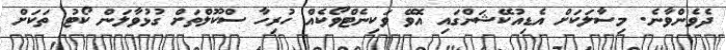
ދެވެންވާނެ. މިސާލަކަށް އެޑިއުކޭޝަންގައި އޮވޭ ވަކިނެޓްވޯކެއް ހުރިހާ ސްކޫލްތަށް ގުޅުވާލަން ކޯޓު ތަކަށް